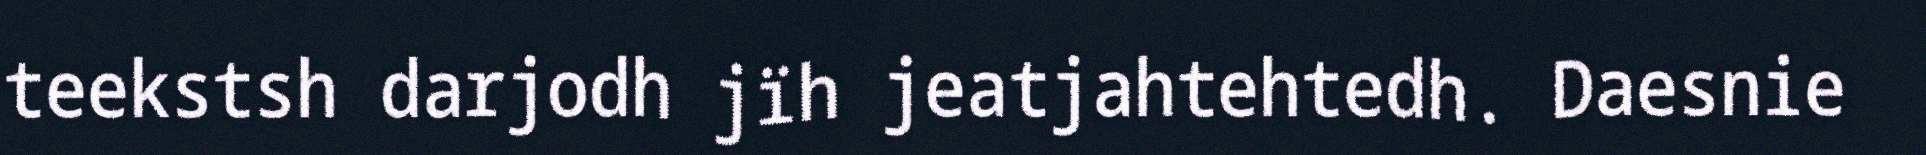
teekstsh darjodh jïh jeatjahtehtedh. Daesnie